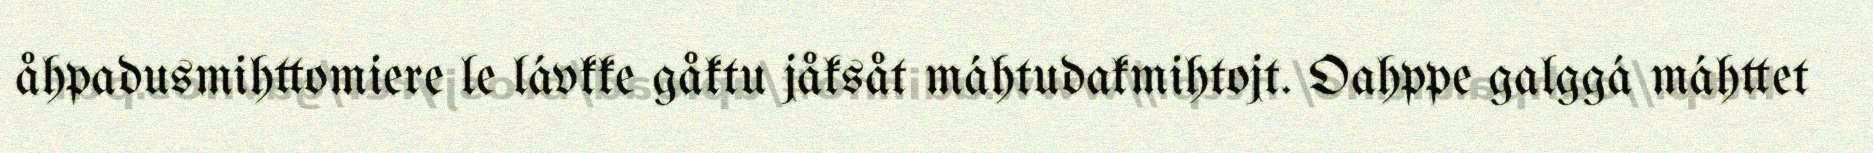
åhpadusmihttomiere le lávkke gåktu jåksåt máhtudakmihtojt. Oahppe galggá máhttet